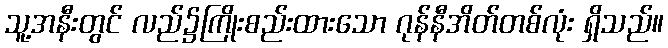
သူ့အနီးတွင် လည်၌ကြိုးစည်းထားသော ဂုန်နီအိတ်တစ်လုံး ရှိသည်။